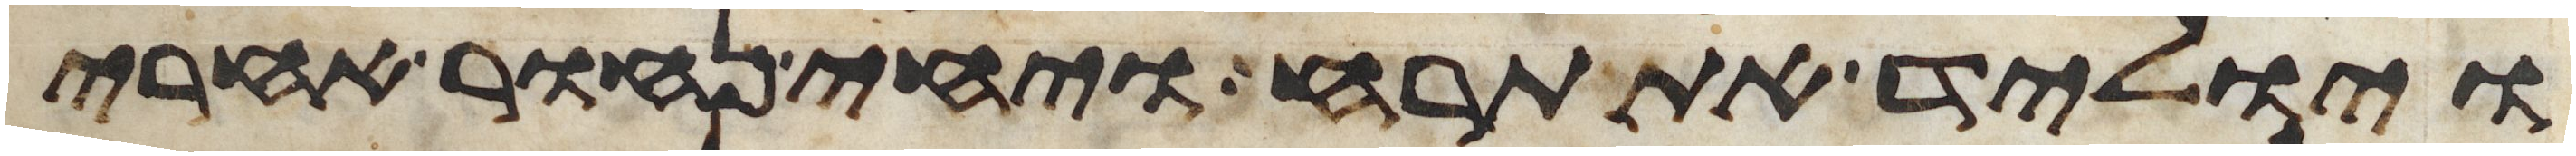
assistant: ויוליד את תרח ויחי נחור אחרי